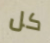
كل